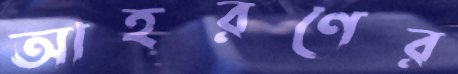
আহরণের